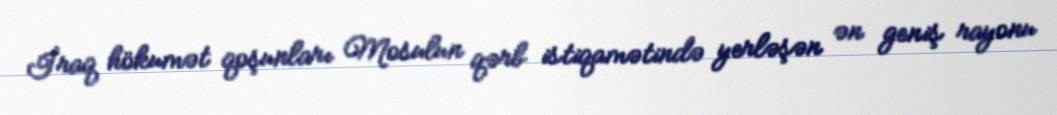
İraq hökumət qoşunları Mosulun qərb istiqamətində yerləşən ən geniş rayonu